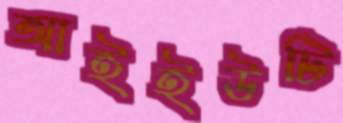
আইইউটি